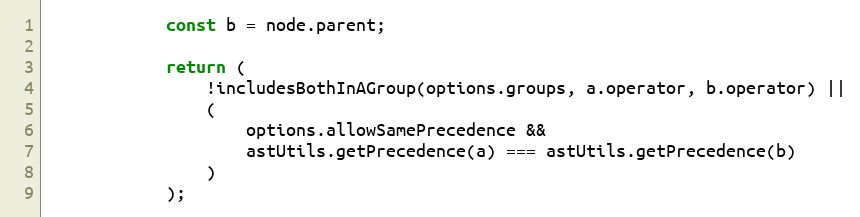
Language: JavaScript
            const b = node.parent;

            return (
                !includesBothInAGroup(options.groups, a.operator, b.operator) ||
                (
                    options.allowSamePrecedence &&
                    astUtils.getPrecedence(a) === astUtils.getPrecedence(b)
                )
            );